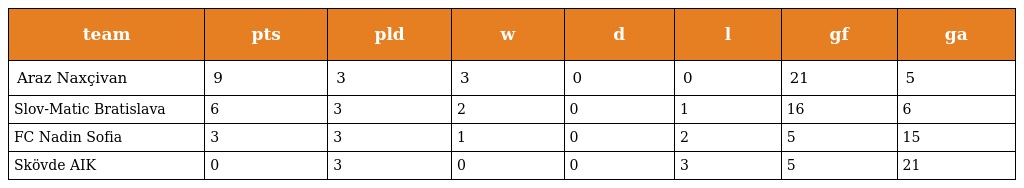
| team | pts | pld | w | d | l | gf | ga |
 | --- | --- | --- | --- | --- | --- | --- | --- |
 | Araz Naxçivan | 9 | 3 | 3 | 0 | 0 | 21 | 5 |
 | Slov-Matic Bratislava | 6 | 3 | 2 | 0 | 1 | 16 | 6 |
 | FC Nadin Sofia | 3 | 3 | 1 | 0 | 2 | 5 | 15 |
 | Skövde AIK | 0 | 3 | 0 | 0 | 3 | 5 | 21 |